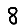
Digit: 8